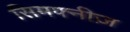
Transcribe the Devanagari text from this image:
सिमफ्नीज़